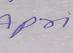
Signature authenticity: forged